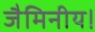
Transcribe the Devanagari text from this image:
जैमिनीय।